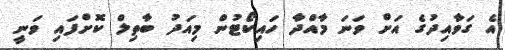
އެ ގަވާއިދުގެ އަށް ވަނަ މާއްދާ ހައިކޯޓުން މިއަދު ބާތިލް ކޮށްފައި ވަނީ